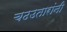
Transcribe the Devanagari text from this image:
चढउतारांनी